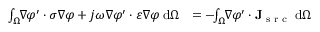
\begin{array} { r l } { \! \int _ { \Omega } \! \! \nabla \varphi ^ { \prime } \cdot \sigma \nabla \varphi + j \omega \nabla \varphi ^ { \prime } \cdot \varepsilon \nabla \varphi \; \mathrm { d } \Omega } & { = - \! \! \int _ { \Omega } \! \! \nabla \varphi ^ { \prime } \cdot \mathbf { J } _ { \textrm { s r c } } \; \mathrm { d } \Omega } \end{array}